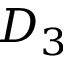
D _ { 3 }